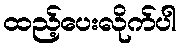
ထည့်ပေးလိုက်ပါ